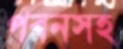
পবনসহ